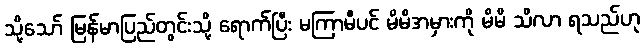
သို့သော် မြန်မာပြည်တွင်းသို့ ရောက်ပြီး မကြာမီပင် မိမိအမှားကို မိမိ သိလာ ရသည်ဟု